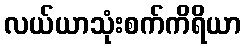
လယ်ယာသုံးစက်ကိရိယာ